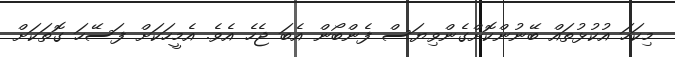
މިކަހަަ އުކުޅުތައް ބޭނުންކޮށްގެންވިޔަސް ފެންބޯން އެބަ ޖެހެ އެވެ. އެމީހަކަށް ފަސޭހަ ގޮތަކަށް